Report on sanitation, dispensaries, and jails in Rajputana for 1920, and on vaccination for the year 1920-1921 - 1920-1921
Year: 1920
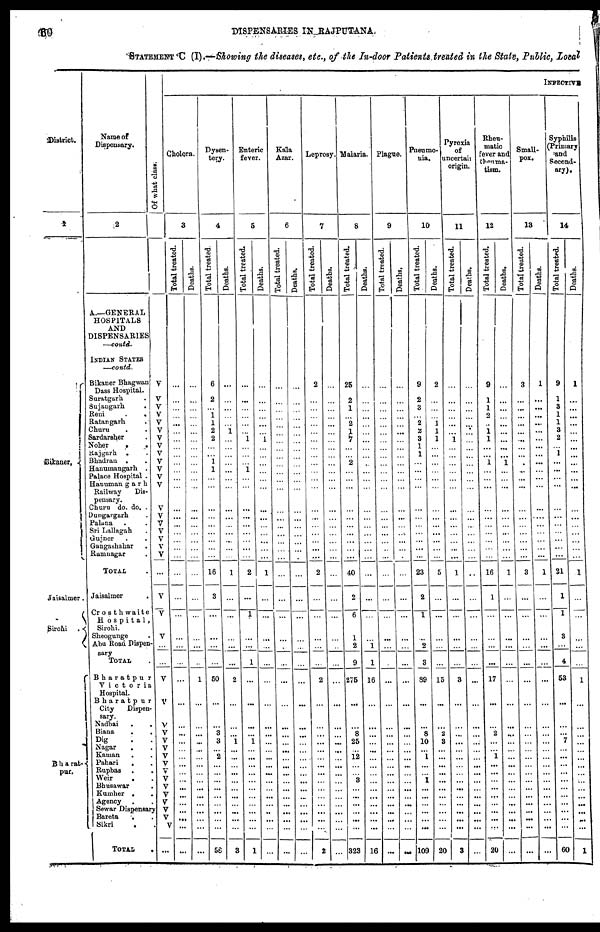
60
DISPENSARIES
IN RAJPUTANA.
STATEMENT C (I).—Showing the diseases, etc., of the In-door Patients treated in the State, Public, Local
District.
1
Bikaner,
Jaisalmer.
Sirohi
.
Bharat¬
pur.
Name of
Dispensary.
2
A.—GENERAL
HOSPITALS
AND
DISPENSARIES
—contd.
INDIAN STATES
—contd.
Bikaner Bhagwan
Dass Hospital.
Suratgarh .
Sujangarh .
Reni
.
.
Ratangarh . .
Churu . .
Sardarsher .
Noher
.
.
Rajgarh . .
Bhadran . .
Hanumangarh .
Palace Hospital .
Hanuman garh
Railway
Dis-
pensary.
Churu do. do. .
Dungargarh .
Palana
Sri Lallagah .
Gujner . .
Gangashahar .
Ramnagar .
TOTAL.
Jaisalmer
Crosth waite
Hospital,
Sirohi.
Sheogunge
Abu Road Dispen-
-----
TOTAL .
Bharatpur
Victoria
Hospital.
Bharatpur
City
Dispen-
sary.
Nadbai
.
.
Biana
.
.
Dig . .
Nagar
. .
Kaman
.
Pahari
. .
Rupbas .
.
Weir . .
Bhusawar .
Kumher .
Agency .
Sewar Dispensary
Bareta . .
Sikri
. .
TOTAL
.
Of what class.
V
V
V
V
V
V
V
V
V
V
V
V
V
V
V
V
V
V
V
V
...
V
V
V
...
...
V
V
V
V
V
V
V
V
V
V
V
V
V
V
V
V
...
INFECTIVE
Cholera.
3
Total treated.
...
...
...
...
...
...
...
...
...
...
...
...
...
...
...
...
...
...
...
...
...
...
...
...
...
...
...
...
...
...
...
...
...
...
...
...
...
...
...
...
...
...
...
Deaths.
...
...
...
...
...
...
...
...
...
...
...
...
...
...
...
...
...
...
...
...
...
...
...
...
...
...
1
...
...
...
...
...
...
...
...
...
...
...
...
...
...
...
...
Dysen-
tery.
4
Total treated.
6
2
...
1
1
2
2
...
...
1
1
...
...
...
...
...
...
...
...
...
18
3
...
...
...
...
50
...
...
3
3
...
2
...
...
...
...
...
...
...
...
...
58
Deaths.
...
...
...
...
...
1
...
...
...
...
...
...
...
...
...
...
...
...
...
...
1
...
...
...
...
...
2
...
...
...
1
...
...
...
...
...
...
...
...
...
...
...
3
Enteric
fever.
5
Total treated.
...
. ..
...
...
...
...
1
...
...
... 1
...
...
...
...
...
...
...
...
...
2
...
1
...
...
1
...
...
...
...
1
...
...
...
...
...
...
...
...
...
...
...
1
Deaths.
...
...
...
...
...
...
1
...
...
...
...
...
...
...
...
...
...
...
...
...
1
...
...
...
...
...
...
...
...
...
...
...
...
...
...
...
...
...
...
...
...
...
...
Kala
Azar.
6
Total treated.
...
...
...
...
...
...
...
...
...
...
...
...
...
...
...
...
...
...
...
...
...
...
...
...
...
...
...
...
...
...
...
...
...
...
...
...
...
...
...
...
...
...
...
Deaths.
...
...
...
...
...
...
...
...
...
...
...
...
...
...
...
...
...
...
...
...
...
...
...
...
...
...
...
...
...
...
...
...
...
...
...
...
...
...
...
...
...
...
...
Leprosy.
7
Total treated.
2
...
...
...
...
...
...
...
...
...
...
...
...
...
...
...
...
...
...
...
2
...
...
...
...
...
2
...
...
...
...
...
...
. ..
. ..
...
...
...
...
...
...
...
2
Deaths.
...
...
...
...
...
...
...
...
...
...
...
...
...
...
...
...
...
...
...
...
...
...
...
...
...
...
...
...
...
...
...
...
...
...
...
...
...
...
...
...
...
...
...
Malaria.
8
Total treated.
25
2
1
...
2
1
7
...
...
2
...
...
...
...
...
...
...
...
...
...
40
2
6
1
2
9
275
...
...
8
25
...
12
...
... 3
...
...
...
...
...
...
323
Deaths.
...
...
...
...
...
...
...
...
...
...
...
...
...
...
...
...
...
...
...
...
...
...
...
...
1
1
16
...
...
...
...
...
...
...
...
...
...
...
...
...
...
...
16
Plague.
9
Total treated.
.
...
...
...
...
...
...
...
...
...
...
...
...
...
...
...
...
...
...
...
...
...
...
...
...
...
...
...
...
...
...
...
...
...
...
...
...
...
...
...
...
...
...
...
Deaths.
...
...
...
...
...
...
...
...
...
...
...
...
...
...
...
...
...
...
...
...
...
...
...
...
...
...
...
...
...
...
...
...
. ..
...
...
...
...
...
...
...
...
...
...
Pneumo-
nia.
10
Total treated.
9
2
3
... 2
2
3
1
1
...
...
...
...
...
...
...
...
...
...
...
23
2
1
...
2
3
89
...
...
8
10
...
1
...
... 1
...
...
...
...
...
...
109
Deaths.
2
...
...
... 1
1
1
...
...
...
...
...
...
...
...
...
...
...
...
...
5
...
...
...
...
...
15
...
...
2
3
...
...
...
...
...
...
...
...
...
...
...
20
Pyroxia
of
uncertain
origin.
11
Total treated.
...
...
...
...
...
...
1
...
...
...
...
...
...
...
...
...
...
...
...
...
1
...
...
...
...
...
3
...
...
...
...
...
...
...
...
...
...
...
...
...
...
...
3
Deaths.
...
...
...
...
...
...
...
...
...
...
...
...
...
...
...
...
...
...
...
...
...
...
...
...
...
...
...
...
...
...
...
...
...
...
...
...
...
...
...
...
...
...
...
Rheu-
matic
fever and
theunma¬
tism.
12
Total treated.
9
1
1
2
...
1
1
...
...
1
...
...
...
...
...
...
...
...
...
...
16
1
...
...
...
...
17
...
...
2
...
...
1
...
...
...
...
...
...
...
...
...
20
Deaths.
...
...
...
...
...
...
...
...
...
1
...
...
...
...
...
...
...
...
...
...
1
...
...
...
...
...
...
...
...
...
...
...
...
...
...
...
...
...
...
...
...
...
...
Small-
pox.
13
Total treated.
3
...
...
...
...
...
...
...
...
...
...
...
...
...
...
...
...
...
...
...
3
...
...
...
...
...
...
...
...
...
...
...
...
...
...
...
...
...
...
...
...
...
...
Deaths.
1
...
...
...
...
...
...
...
...
...
...
...
...
...
....
...
...
...
...
...
1
...
...
...
...
...
...
...
...
...
...
...
...
...
...
...
...
...
...
...
...
...
...
Syphilis
(Primary
and
Second-
ary).
14
Total treated.
9
1
3
1
1
3
2
...
1
...
...
...
...
...
...
...
...
...
...
...
21
1
1
3
...
4
53
...
...
...
7
...
...
...
...
...
...
...
...
...
...
...
60
Deaths.
1
...
...
...
...
...
...
...
...
...
...
...
...
...
...
...
...
...
...
1
...
...
...
...
...
1
...
...
...
...
...
...
...
...
...
...
...
...
...
...
...
1